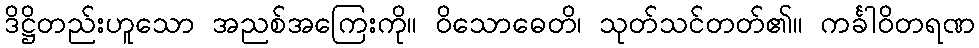
ဒိဋ္ဌိတည်းဟူသော အညစ်အကြေးကို။ ဝိသောဓေတိ၊ သုတ်သင်တတ်၏။ ကင်္ခါဝိတရဏ